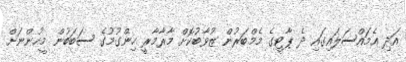
އަދި އެމައްސަލައިގައި ދެ ޕާޓީގެ މެމްބަރުން ޒުވާބުކޮށް މާރާމާރީ ހިންގުމުގެ ސަބަބުން މީހުންނަށް